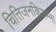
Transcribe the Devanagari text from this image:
चित्तिजनकियम्मा